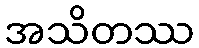
အသိတဿ